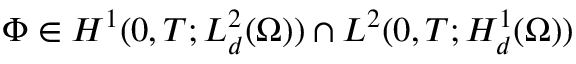
\Phi \in H ^ { 1 } ( 0 , T ; L _ { d } ^ { 2 } ( \Omega ) ) \cap L ^ { 2 } ( 0 , T ; H _ { d } ^ { 1 } ( \Omega ) )